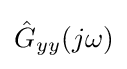
{\hat {G}}_{yy}(j\omega )